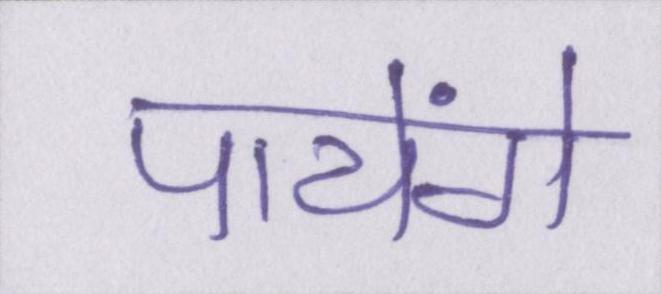
पायेंगे